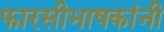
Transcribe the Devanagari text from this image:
फारसीभाषकांनी